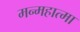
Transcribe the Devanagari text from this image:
मन्महात्मा